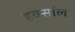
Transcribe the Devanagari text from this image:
हक्सलि